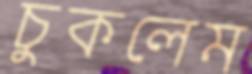
চুকলেম